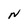
Character: N